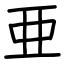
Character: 亜